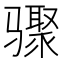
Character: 骤